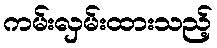
ကမ်းလှမ်းထားသည့်